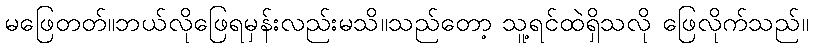
မဖြေတတ်။ဘယ်လိုဖြေရမှန်းလည်းမသိ။သည်တော့ သူ့ရင်ထဲရှိသလို ဖြေလိုက်သည်။